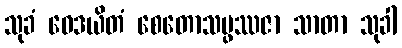
သုခံ ဝေဒယိတံ စေတောသမ္ဖဿဇာ သာတာ သုခါ